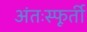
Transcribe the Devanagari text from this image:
अंतःस्फूर्ती